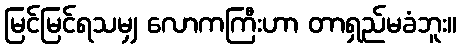
မြင်မြင်ရသမျှ လောကကြီးဟာ တာရှည်မခံဘူး။